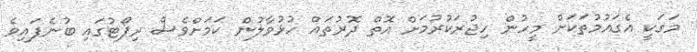
މަގަކީ އެގައުމުތަކަށް މީހުން ހިޖުރަކުރުމަށް އޮތް ދޮރުތައް ހުޅުވާލުން ކަމަށްވެސް ރިޕޯޓުގައި ބުނެފައިވެ